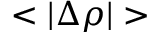
< | \Delta \rho | >